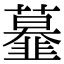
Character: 𩐍